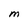
Character: M